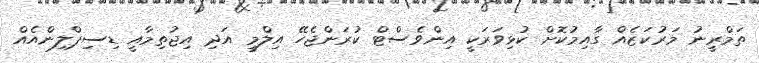
ތަމްރީނު މަރުކަޒެއް ގާއިމުކޮށް ކުޅިވަރަކީ އިންވެސްޓް ކުރަންޖެހޭ އިލްމީ އަދި އިޖުތިމާއީ ޑިސިޕްލިންއެއް